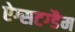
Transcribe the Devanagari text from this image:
ऐग्सटग्डैम